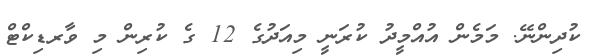
ކުދިންނޭ. މަމެން އުއްމީދު ކުރަނީ މިއަދުގެ 12 ގެ ކުރިން މި ވާރޑިކްޓް